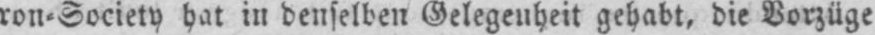
ron⸗Society hat in denselben Gelegenheit gehabt, die Vorzüge